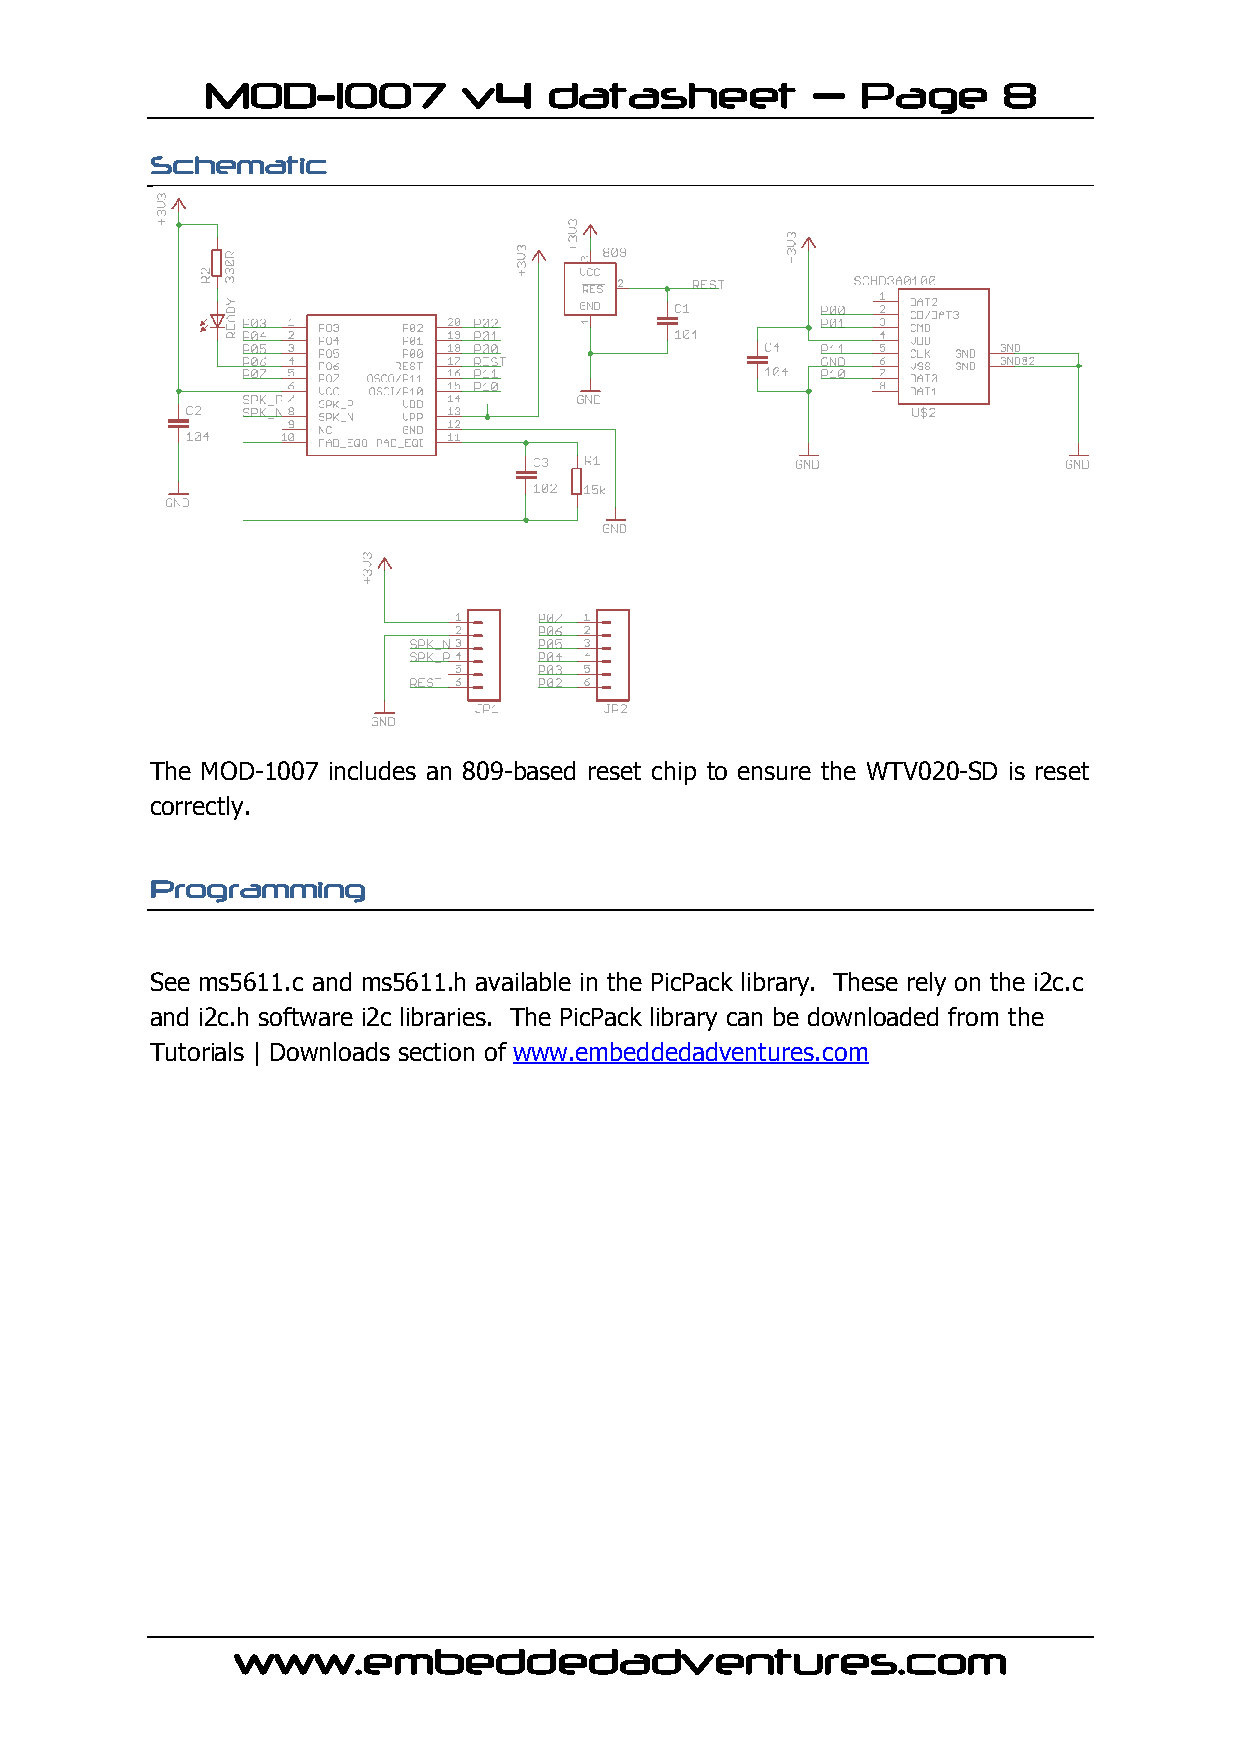
MOD-1007          v4   datasheet         –  Page     8
 Schematic
 The MOD-1007 includes an 809-based reset chip to ensure the WTV020-SD is reset
 correctly.
 Programming
 See ms5611.c and ms5611.h available in the PicPack library. These rely on the i2c.c
 and i2c.h software i2c libraries. The PicPack library can be downloaded from the
 Tutorials | Downloads section of www.embeddedadventures.com
 www.embeddedadventures.com